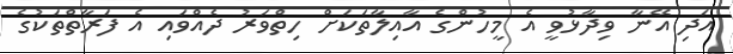
އަދި އޭނާ ވިދާޅުވީ އެ މީހުންގެ އާއިލާތަކަށް ހިތްވަރު ދެއްވައި އެ ފަރާތްތަކުގެ